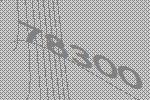
78300